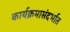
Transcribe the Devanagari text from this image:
कार्यक्रमासंदर्भात